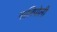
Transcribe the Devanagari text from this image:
गालिपोली